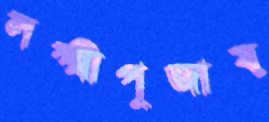
লক্ষ্মীপূজায়